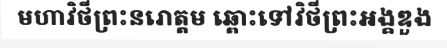
មហាវិថីព្រះនរោត្តម ឆ្ពោះទៅវិថីព្រះអង្គឌួង